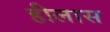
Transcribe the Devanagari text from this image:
हीलास